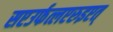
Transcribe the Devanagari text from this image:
सएउर्फत्लएरुइएत्